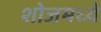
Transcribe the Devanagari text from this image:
शोजमध्ये